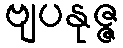
ဗျပနုဇ္ဇ